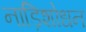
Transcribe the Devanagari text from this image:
नाड़िशोधन